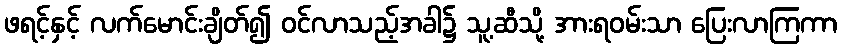
ဖရင့်နှင့် လက်မောင်းချိတ်၍ ဝင်လာသည့်အခါ၌ သူ့ဆီသို့ အားရဝမ်းသာ ပြေးလာကြကာ